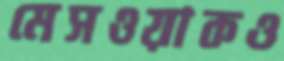
মেসওয়াকও